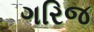
ગરિજ